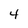
Character: 4